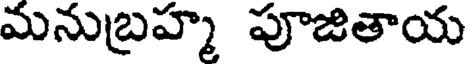
మనుబ్రహ్మ పూజితాయ